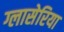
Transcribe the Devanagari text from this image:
ग्लासेरिया